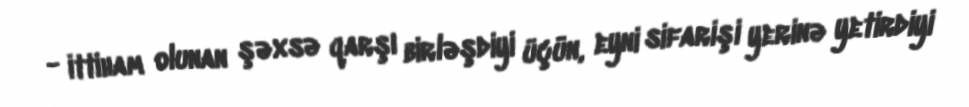
- ittiham olunan şəxsə qarşı birləşdiyi üçün, eyni sifarişi yerinə yetirdiyi